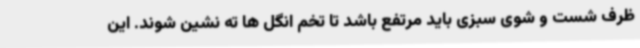
ظرف شست و شوی سبزی باید مرتفع باشد تا تخم انگل ها ته نشین شوند. این